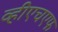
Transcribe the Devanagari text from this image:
व्हीएचएफ